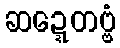
ဆဍ္ဍေတဗ္ဗံ